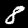
Label: 8